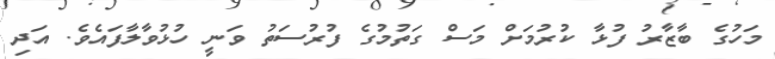
މަހުގެ ބާޒާރު ފުޅާ ކުރުމަށް މަސް ގަތުމުގެ ފުރުސަތު ވަނީ ހުޅުވާލާފައެވެ. އަދި